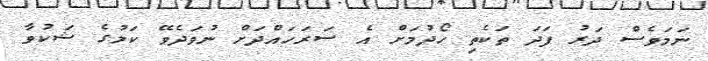
ނަމަވެސް ދަރު ފަދަ ތަކެތި ހޯދުމަށް އެ ސަރަހައްދަށް ނުވަދެވޭ ކަމުގެ ޝަކުވާ